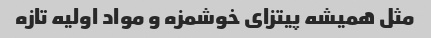
مثل همیشه پیتزای خوشمزه و مواد اولیه تازه